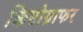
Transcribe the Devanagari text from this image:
क्रिप्टोग्राफर